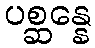
ပစ္ဆန္နေ